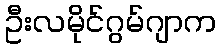
ဦးလမိုင်ဂွမ်ဂျာက